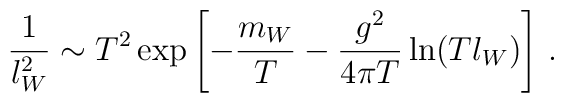
\frac{1}{l_W^2} \sim T^2 \exp\left[-\frac{m_W}T - \frac{g^2}{4\pi  T} \ln(Tl_W)\right]\,.